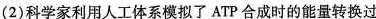
(2)科学家利用人工体系模拟了ATP合成时的能量转换过